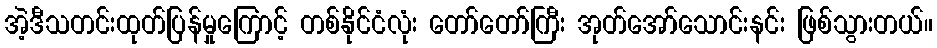
အဲ့ဒီသတင်းထုတ်ပြန်မှုကြောင့် တစ်နိုင်ငံလုံး တော်တော်ကြီး အုတ်အော်သောင်းနင်း ဖြစ်သွားတယ်။